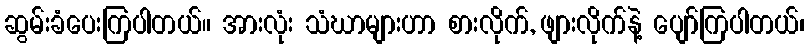
ဆွမ်းခံပေးကြပါတယ်။ အားလုံး သံဃာများဟာ စားလိုက်, ဖျားလိုက်နဲ့ ပျော်ကြပါတယ်၊